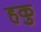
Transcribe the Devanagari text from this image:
हकु